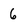
Character: 6